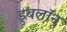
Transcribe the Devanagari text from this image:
डुबलॉन